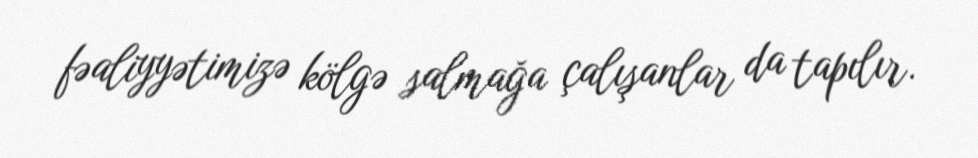
fəaliyyətimizə kölgə salmağa çalışanlar da tapılır.